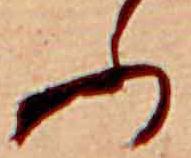
ふ